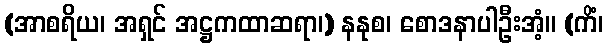
(အာစရိယ၊ အရှင် အဋ္ဌကထာဆရာ၊) နနုစ၊ စောဒနာပါဦးအံ့။ (ကိံ၊